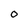
Character: 0